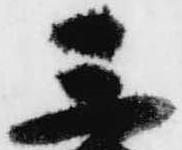
三